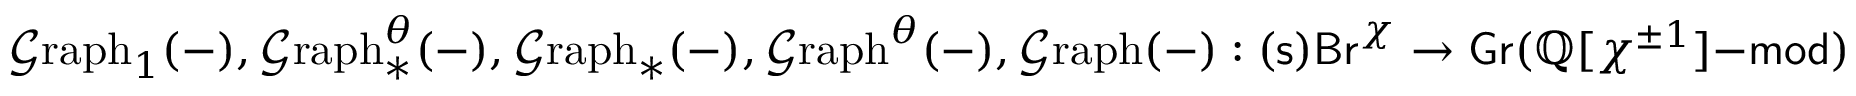
\mathcal { G } \mathrm { r a p h } _ { 1 } ( - ) , \mathcal { G } \mathrm { r a p h } _ { * } ^ { \theta } ( - ) , \mathcal { G } \mathrm { r a p h } _ { * } ( - ) , \mathcal { G } \mathrm { r a p h } ^ { \theta } ( - ) , \mathcal { G } \mathrm { r a p h } ( - ) : \mathsf { ( s ) B r } ^ { \chi } \to \mathsf { G r } ( \mathbb { Q } [ \chi ^ { \pm 1 } ] \mathrm { - } \mathsf { m o d } )